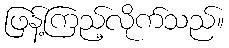
ဖြန့်ကြည့်လိုက်သည်။